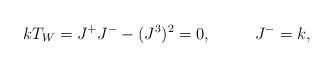
\begin{align*}kT_W=J^+J^- - (J^3)^2 = 0, \ \ \ \ \ \ \ \ J^-=k,\end{align*}